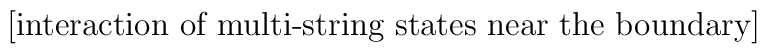
\mbox{[interaction of multi-string states near the boundary]}